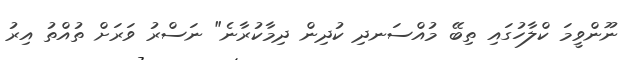
ނޫންވީމަ ކްލާހުގައި ތިބޭ މުއްސަނދި ކުދިން ދިމާކުރާނެ" ނަސްރު ވަރަށް ތުއްތު އިރު